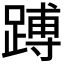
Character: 𬧅